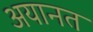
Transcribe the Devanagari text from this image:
अयानत